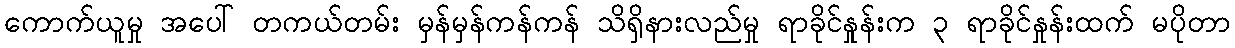
ကောက်ယူမှု အပေါ် တကယ်တမ်း မှန်မှန်ကန်ကန် သိရှိနားလည်မှု ရာခိုင်နှုန်းက ၃ ရာခိုင်နှုန်းထက် မပိုတာ